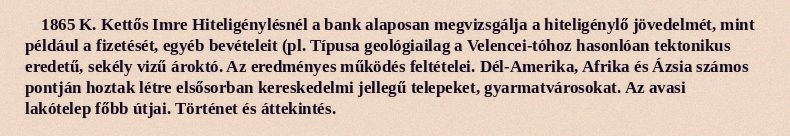
1865 K. Kettős Imre Hiteligénylésnél a bank alaposan megvizsgálja a hiteligénylő jövedelmét, mint például a fizetését, egyéb bevételeit (pl. Típusa geológiailag a Velencei-tóhoz hasonlóan tektonikus eredetű, sekély vizű ároktó. Az eredményes működés feltételei. Dél-Amerika, Afrika és Ázsia számos pontján hoztak létre elsősorban kereskedelmi jellegű telepeket, gyarmatvárosokat. Az avasi lakótelep főbb útjai. Történet és áttekintés.